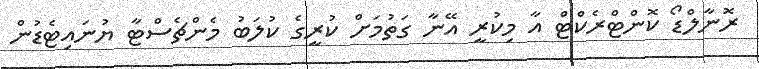
ރޮނާލްޑޯ ކޮންޓްރެކްޓް އާ މިކުރީ އޭނާ ގަތުމަށް ކުރީގެ ކުލަބު މެންޗެސްޓާ ޔުނައިޓެޑުން